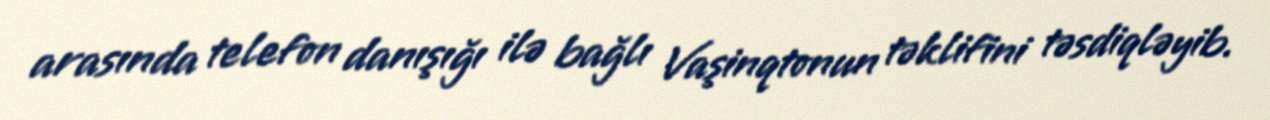
arasında telefon danışığı ilə bağlı Vaşinqtonun təklifini təsdiqləyib.